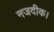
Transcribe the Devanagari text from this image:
नजदीक।